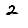
Digit: 2